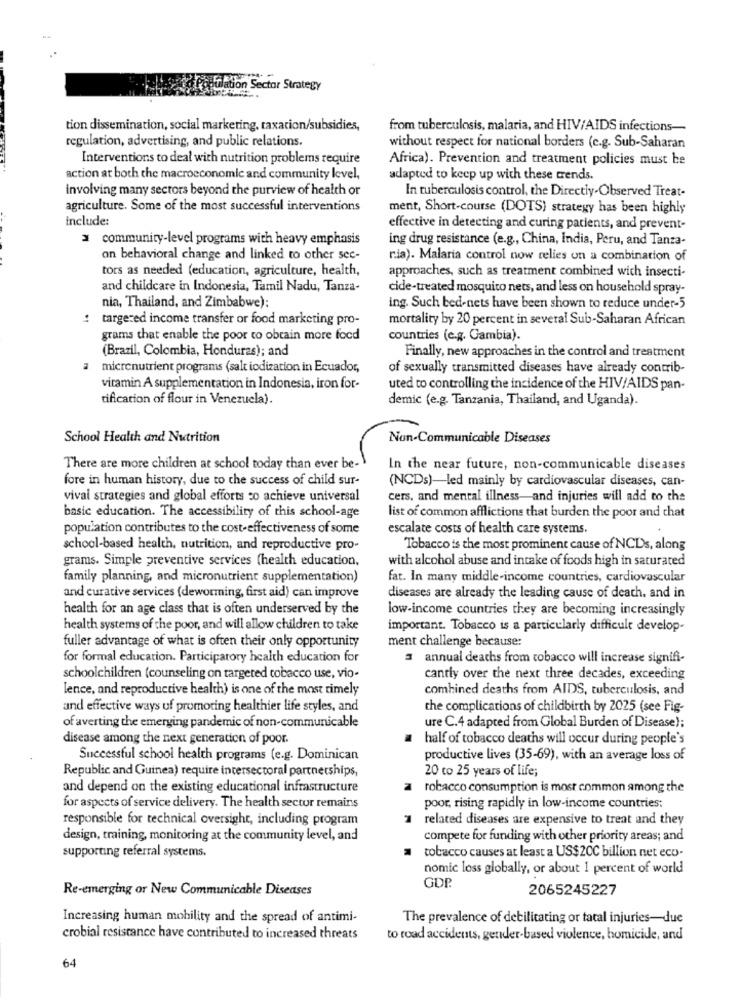
ulation Sector Strategy
tion dissemination, social marketing, taxation/subsidies,
from tuberculosis, malaria, and HIV/AIDS infections-
regulation, advertising, and public relations.
without respect for national borders (c.g. Sub-Saharan
Interventions to deal with nutrition problems require
Africa). Prevention and treatment policies must be
action at both the macroeconomic and community level,
adapted to keep up with these trends.
involving many sectors beyond the purview of health or
In tuberculosis control, the Directly-Observed Treat-
agriculture. Some of the most successful interventions
ment, Short-course (DOTS) strategy has been highly
include:
effective in detecting and curing patients, and prevent-
3 community-level programs with heavy emphasis
ing drug resistance (e.g ., China, India, Peru, and Tanza-
on behavioral change and linked to other sec-
ria). Malaria control now relies on a combination of
tors as needed (education, agriculture, health,
approaches, such as treatment combined with insecti-
and childcare in Indonesia, Tamil Nadu, Tanza-
cide-treated mosquito nets, and less on household spray-
nia, Thailand, and Zimbabwe):
ing. Such bed-nets have been shown to reduce under-5
targeted income transfer or food marketing pro-
mortality by 20 percent in several Sub-Saharan African
grams that enable the poor to obtain more food
countries (e.g. Gambia).
(Brazil, Colombia, Honduras); and
Finally, new approaches in the control and treatment
micronutrient programs (salt iodization in Ecuador,
of sexually transmitted diseases have already contrib-
vitamin A supplementation in Indonesia, iron for-
uted to controlling the incidence of the HIV/AIDS pan-
tification of flour in Venezuela).
demic (e.g. Tanzania, Thailand, and Uganda).
School Health and Nutrition
Non-Communicable Diseases
There are more children at school today than ever be-
In the near future, non-communicable diseases
fore in human history, due to the success of child sur-
(NCDs)-led mainly by cardiovascular diseases, can-
vival strategies and global efforts co achieve universal
cers, and mental illness-and injuries will add to the
basic education. The accessibility of this school-age
list of common afflictions that burden the poor and that
population contributes to the cost-effectiveness of some
escalate costs of health care systems.
school-based health, nutrition, and reproductive pro-
Tobacco is the most prominent cause of NCDs, along
grams. Simple preventive services (health education,
with alcohol abuse and intake of foods high in saturated
family planning, and micronutrient supplementation)
fat. In many middle-income countries, cardiovascular
and curative services (deworming, first aid) can improve
diseases are already the leading cause of death, and in
health for an age class that is often underserved by the
low-income countries they are becoming increasingly
health systems of the poor, and will allow children to take
important. Tobacco is a particularly difficult develop-
fuller advantage of what is often their only opportunity
ment challenge because:
for formal education. Participatory health education for
3 annual deaths from tobacco will increase signifi-
schoolchildren (counseling on targeted tobacco use, vio-
cantly over the next three decades, exceeding
lence, and reproductive health) is one of the most timely
combined deaths from AIDS, tuberculosis, and
and effective ways uf promoting healthier life styles, and
the complications of childbirth by 2025 (see Fig-
of averting the emerging pandemic of non-communicable
ure C.4 adapted from Global Burden of Disease);
disease among the next generation of poor.
half of tobacco deaths will occur during people's
Successful school health programs (e.g. Dominican
productive lives (35-69), with an average loss of
Republic and Guinea) require intersectoral partnerships,
20 to 25 years of life;
and depend on the existing educational infrastructure
a robacco consumption is most common among the
for aspects of service delivery. The health sector remains
poor, rising rapidly in low-income countries:
responsible for technical oversight, including program
1
related diseases are expensive to treat and they
design, training, monitoring at the community level, and
compete for funding with other priority areas; and
supporting referral systems.
tobacco causes at least a US$ 20C billion net eco-
nomic loss globally, or about 1 percent of world
Re-emerging or New Communicable Diseases
GDP.
2065245227
Increasing human mobility and the spread of antimi-
The prevalence of debilitating or tatal injuries-due
crobial resistance have contributed to increased threats
to road accidents, gender-based violence, homicide, and
64